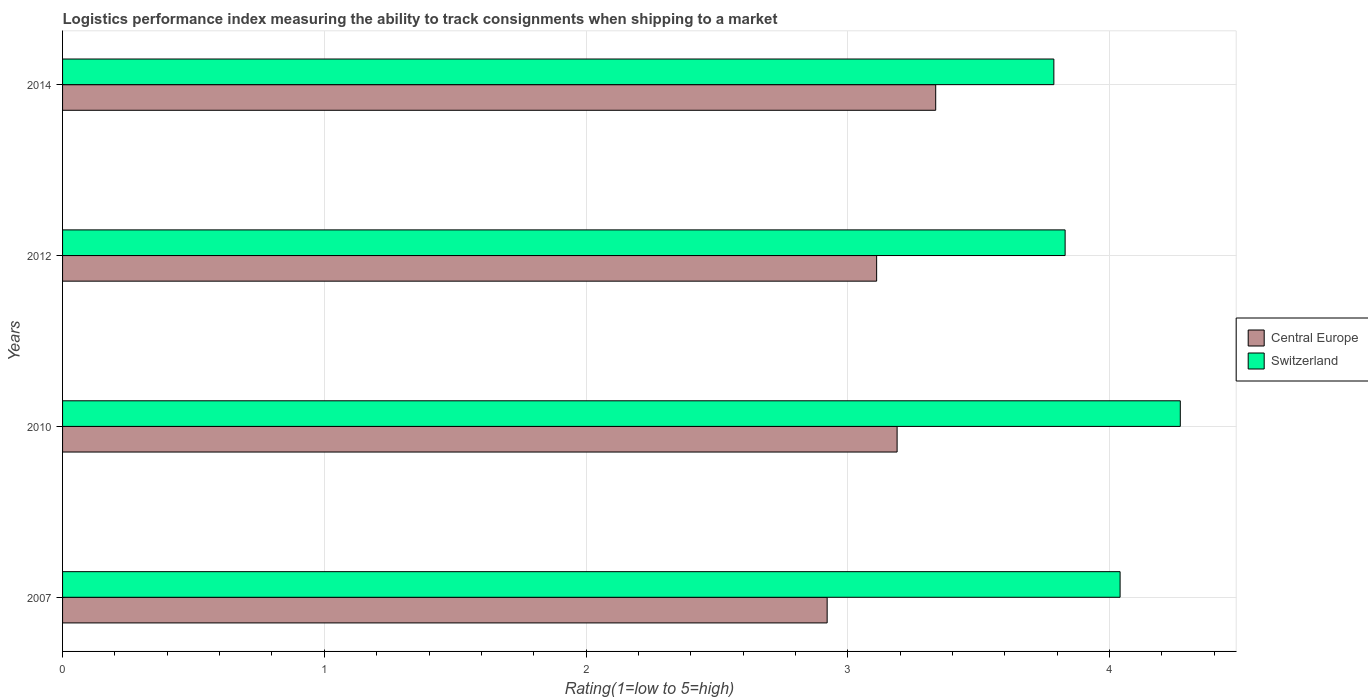
| Years | Central Europe | Switzerland |
 | --- | --- | --- |
 | 2007 | 2.92 | 4.04 |
 | 2010 | 3.19 | 4.27 |
 | 2012 | 3.11 | 3.83 |
 | 2014 | 3.34 | 3.79 |